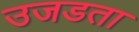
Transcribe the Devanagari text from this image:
उजडता